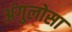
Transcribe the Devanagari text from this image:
अंगुलोसा